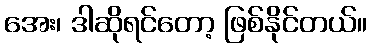
အေး၊ ဒါဆိုရင်တော့ ဖြစ်နိုင်တယ်။